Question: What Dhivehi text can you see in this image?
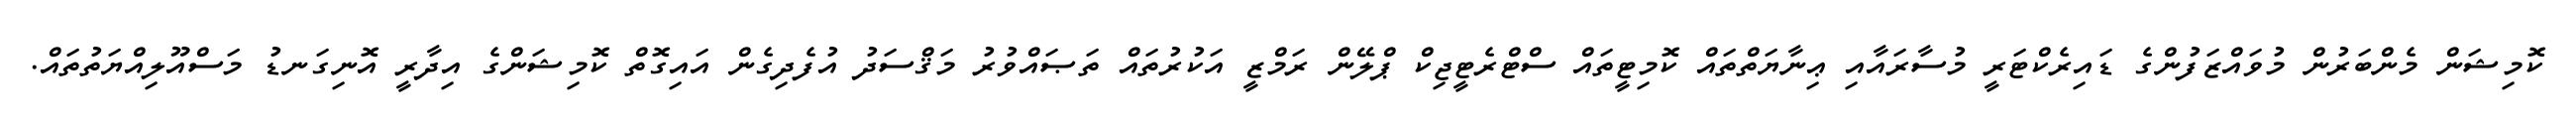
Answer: ކޮމިޝަން މެންބަރުން މުވައްޒަފުންގެ ޑައިރެކްޓަރީ މުސާރައާއި ޢިނާޔަތްތައް ކޮމިޓީތައް ސްޓްރެޓީޖިކް ޕްލޭން ރަމްޒީ އަކުރުތައް ތަޞައްވުރު މަޤްސަދު އުފެދިގެން އައިގޮތް ކޮމިޝަންގެ އިދާރީ އޮނިގަނޑު މަސްއޫލިއްޔަތުތައް.